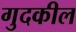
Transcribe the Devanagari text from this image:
गुदकील